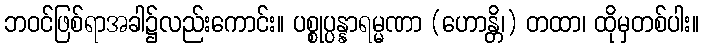
ဘဝင်ဖြစ်ရာအခါ၌လည်းကောင်း။ ပစ္စုပ္ပန္နာရမ္မဏာ (ဟောန္တိ၊) တထာ၊ ထိုမှတစ်ပါး။